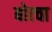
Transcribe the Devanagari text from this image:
बोत्चा